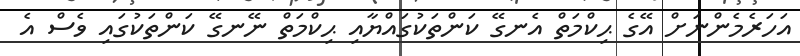
އަހަރެމެންނަށް އޭގެ ޙިކްމަތް އެނގޭ ކަންތަކުގައްޔާއި ޙިކްމަތް ނޭނގޭ ކަންތަކުގައި ވެސް އެ